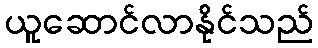
ယူဆောင်လာနိုင်သည်